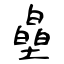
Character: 皨